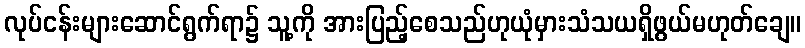
လုပ်ငန်းများဆောင်ရွက်ရာ၌ သူ့ကို အားပြည့်စေသည်ဟုယုံမှားသံသယရှိဖွယ်မဟုတ်ချေ။